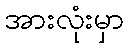
အားလုံးမှာ